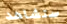
ستشاهد